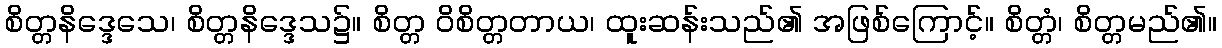
စိတ္တနိဒ္ဒေသေ၊ စိတ္တနိဒ္ဒေသ၌။ စိတ္တ ဝိစိတ္တတာယ၊ ထူးဆန်းသည်၏ အဖြစ်ကြောင့်။ စိတ္တံ၊ စိတ္တမည်၏။